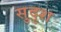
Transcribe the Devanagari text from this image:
सुदृश